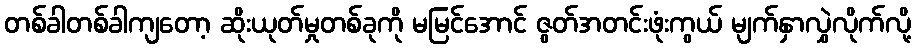
တစ်ခါတစ်ခါကျတော့ ဆိုးယုတ်မှုတစ်ခုကို မမြင်အောင် ဇွတ်အတင်းဖုံးကွယ် မျက်နှာလွှဲလိုက်လို့